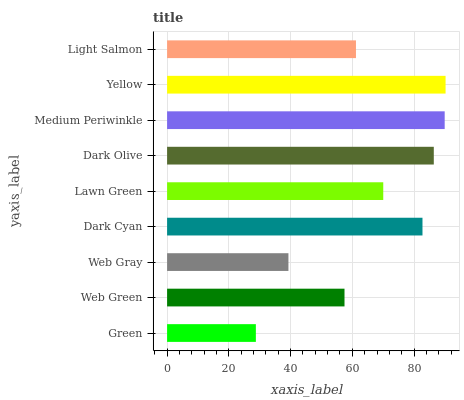
| yaxis_label | bars |
 | --- | --- |
 | Green | 28.8 |
 | Web Green | 57.5 |
 | Web Gray | 39.3 |
 | Dark Cyan | 82.7 |
 | Lawn Green | 70 |
 | Dark Olive | 86.4 |
 | Medium Periwinkle | 89.9 |
 | Yellow | 90.2 |
 | Light Salmon | 61.2 |